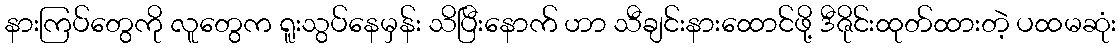
နားကြပ်တွေကို လူတွေက ရူးသွပ်နေမှန်း သိပြီးနောက် ဟာ သီချင်းနားထောင်ဖို့ ဒီဇိုင်းထုတ်ထားတဲ့ ပထမဆုံး